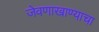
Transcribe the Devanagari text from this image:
जेवणाखाण्याचा